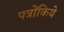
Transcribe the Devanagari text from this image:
पत्रोंकिये